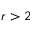
r > 2